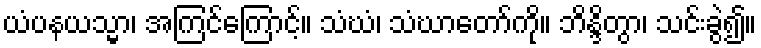
ယံပနယသ္မာ၊ အကြင်ကြောင့်။ သံဃံ၊ သံဃာတော်ကို။ ဘိန္ဒိတွာ၊ သင်းခွဲ၍။